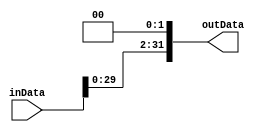
`timescale 1ns / 1ps
//////////////////////////////////////////////////////////////////////////////////
// Company: 
// Engineer: 
// 
// Design Name: 
// Module Name: shiftLeft
// Project Name: 
// Target Devices: 
// Tool Versions: 
// Description: 
// 
// Dependencies: 
// 
// Revision:
// Revision 0.01 - File Created
// Additional Comments:
// 
//////////////////////////////////////////////////////////////////////////////////


module shiftLeft #(parameter width=32,shiftAmount=2)(
input   [width-1:0] inData,
output  [width-1:0] outData
);

assign outData = {inData[width-1-shiftAmount:0],{shiftAmount{1'b0}}};//shift amount times zero appended 

endmodule